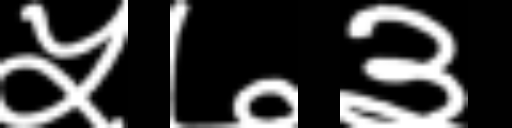
Text: ५७३